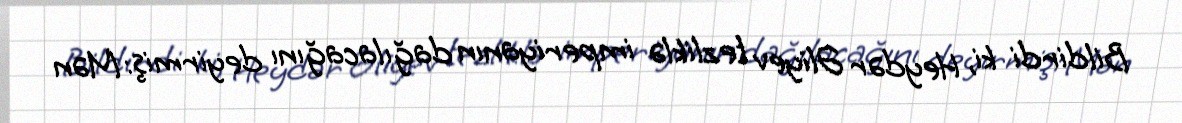
Bildirdi ki, Heydər Əliyev tezliklə imperiyanın dağılacağını deyirmiş: Mən